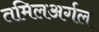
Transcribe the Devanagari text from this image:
तमिलअर्गल